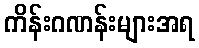
ကိန်းဂဏန်းများအရ